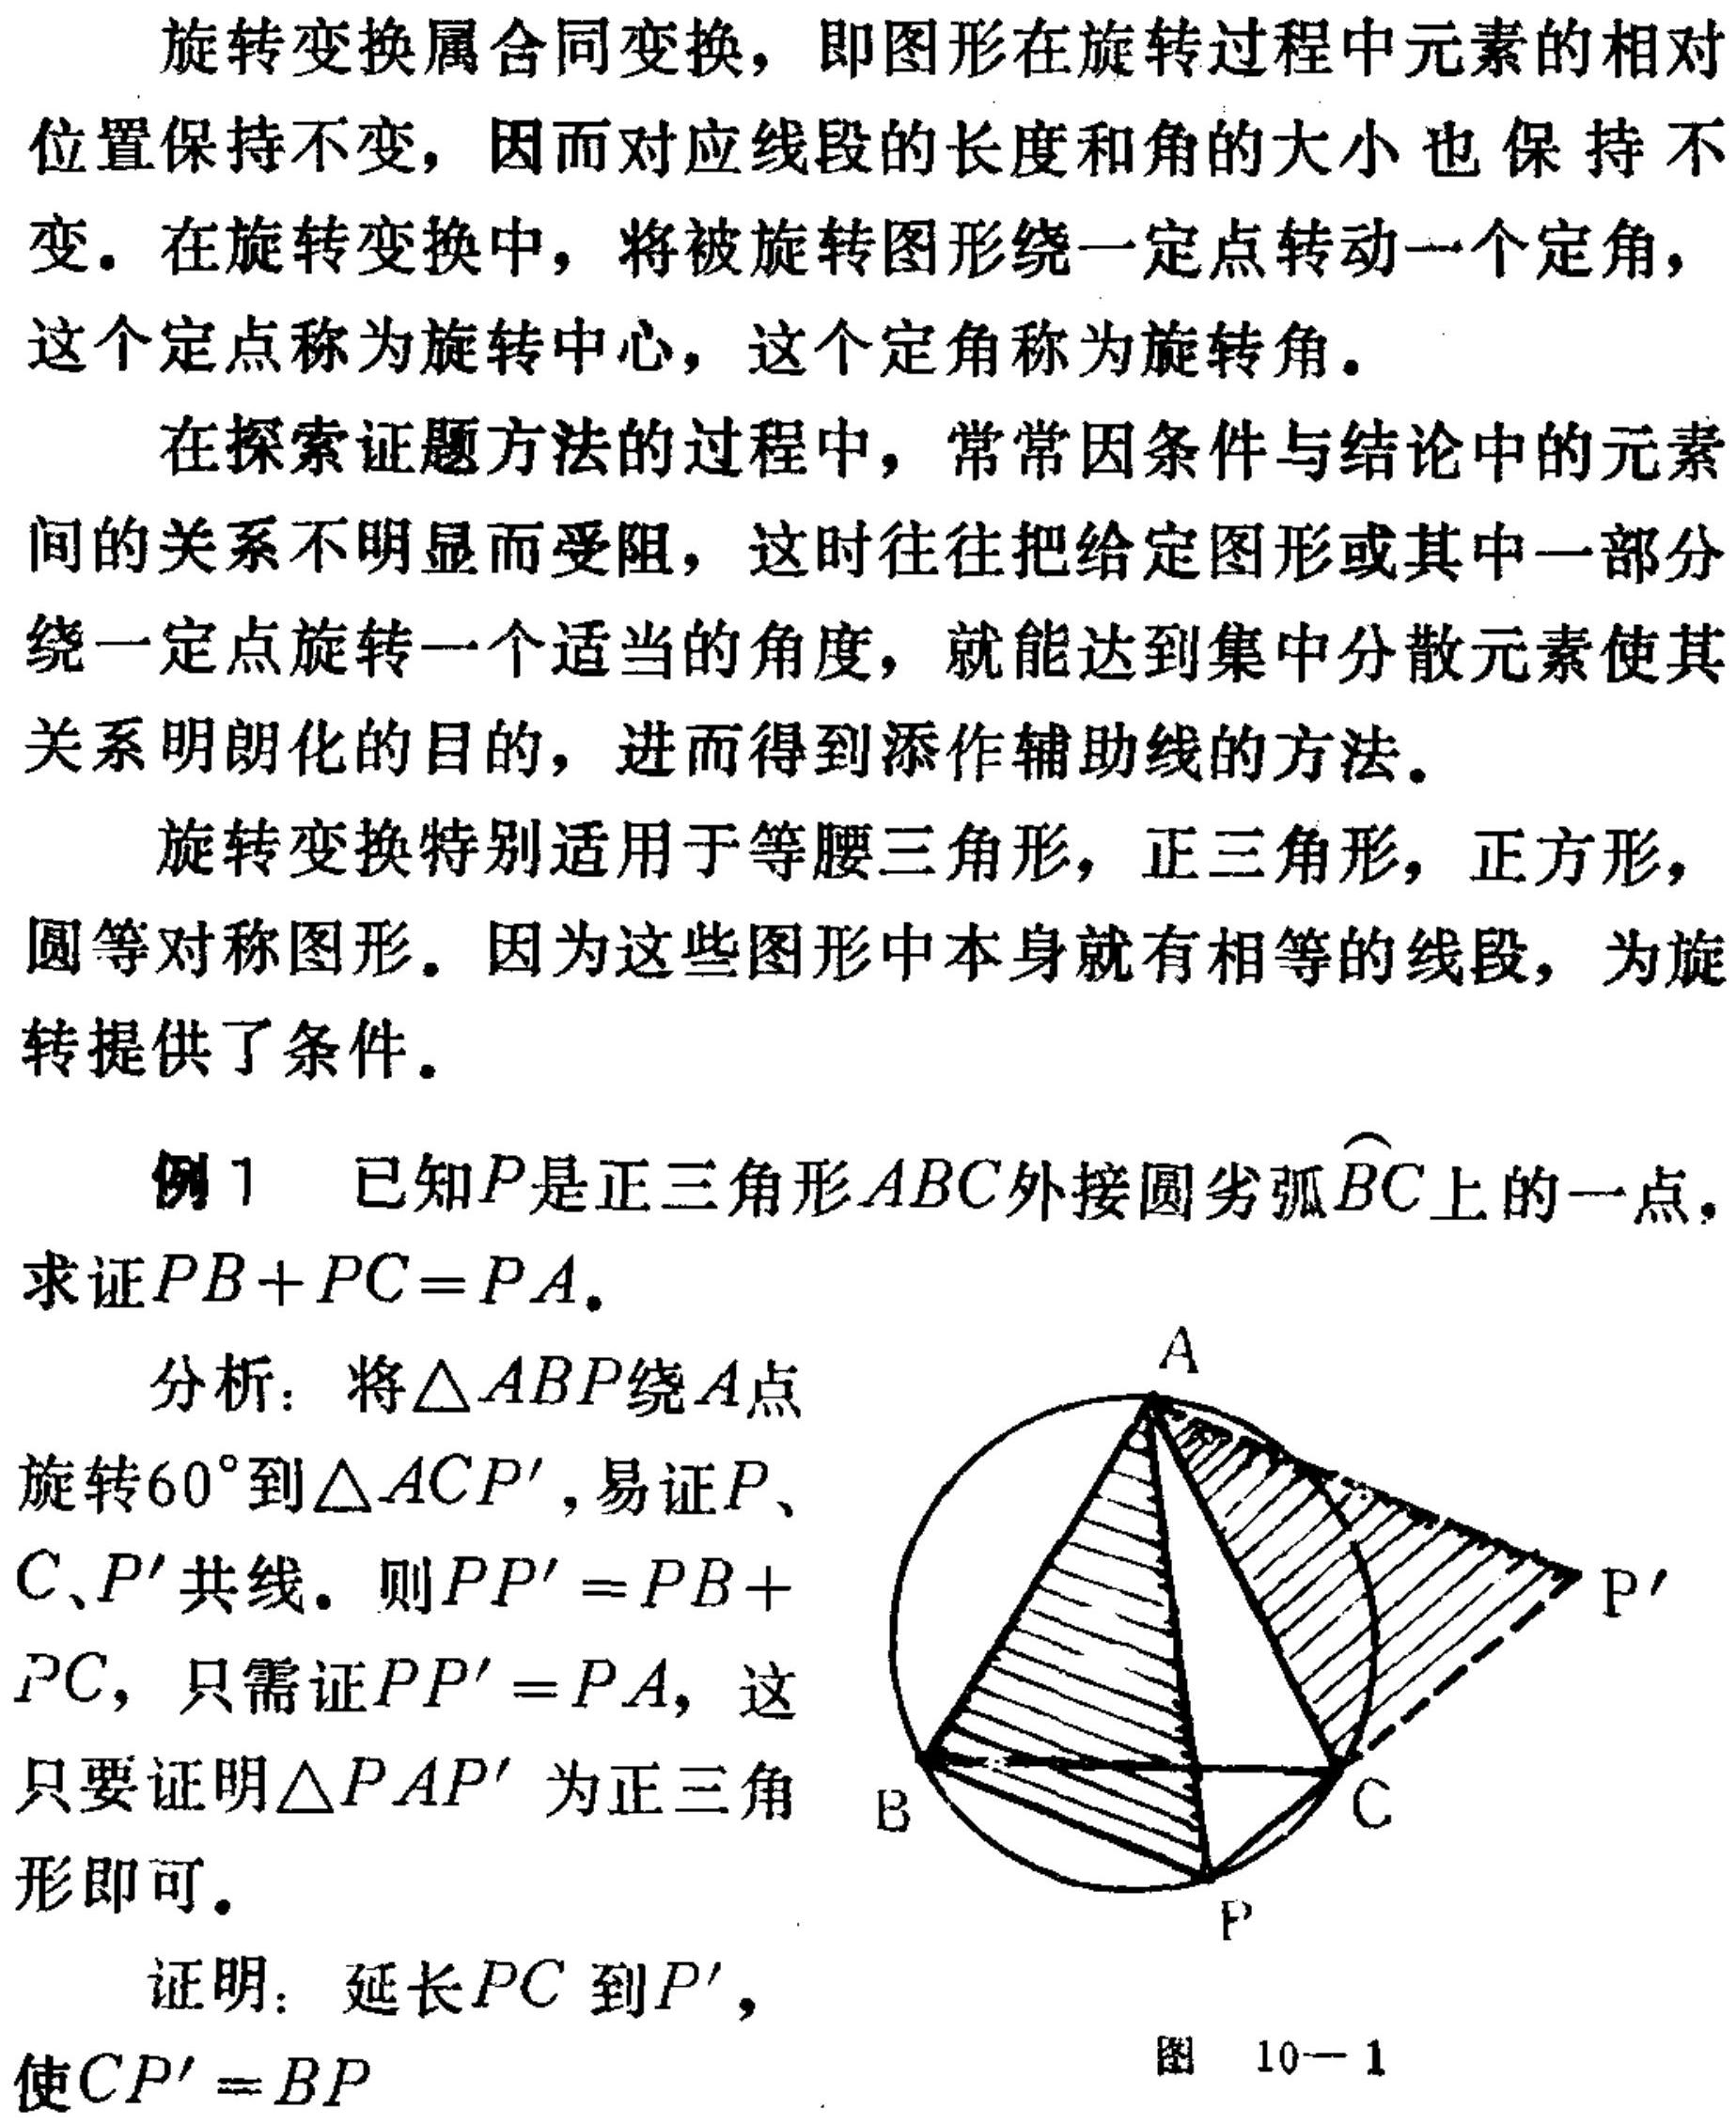
旋转变换属合同变换，即图形在旋转过程中元素的相对位置保持不变，因而对应线段的长度和角的大小也保持不变。在旋转变换中，将被旋转图形绕一定点转动一个定角，这个定点称为旋转中心，这个定角称为旋转角。

在探索证题方法的过程中，常常因条件与结论中的元素间的关系不明显而受阻，这时往往把给定图形或其中一部分绕一定点旋转一个适当的角度，就能达到集中分散元素使其关系明朗化的目的，进而得到添作辅助线的方法。

旋转变换特别适用于等腰三角形，正三角形，正方形，圆等对称图形。因为这些图形中本身就有相等的线段，为旋转提供了条件。

例1 已知\(P\)是正三角形\(ABC\)外接圆劣弧\(\overset{\frown}{BC}\)上的一点，求证\(PB + PC=PA\)。

分析：将\(\triangle ABP\)绕\(A\)点旋转\(60^{\circ}\)到\(\triangle ACP'\)，易证\(P\)、\(C\)、\(P'\)共线。则\(PP' = PB + PC\)，只需证\(PP' = PA\)，这只要证明\(\triangle PAP'\)为正三角形即可。

证明：延长\(PC\)到\(P'\)，使\(CP' = BP\)
图10 - 1